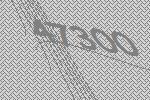
47300